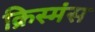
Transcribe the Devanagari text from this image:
क्रिस्मंस